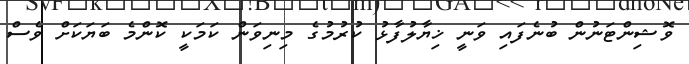
ވޮޝިންޓަނުން ބުނެފައި ވަނީ ޚިޔާލުފާޅު ކުރުމުގެ މިނިވަން ކަމަކީ ކޮންމެ ބަޔަކަށް ވެސް